Report on enteric fever
Disease focus: Fever
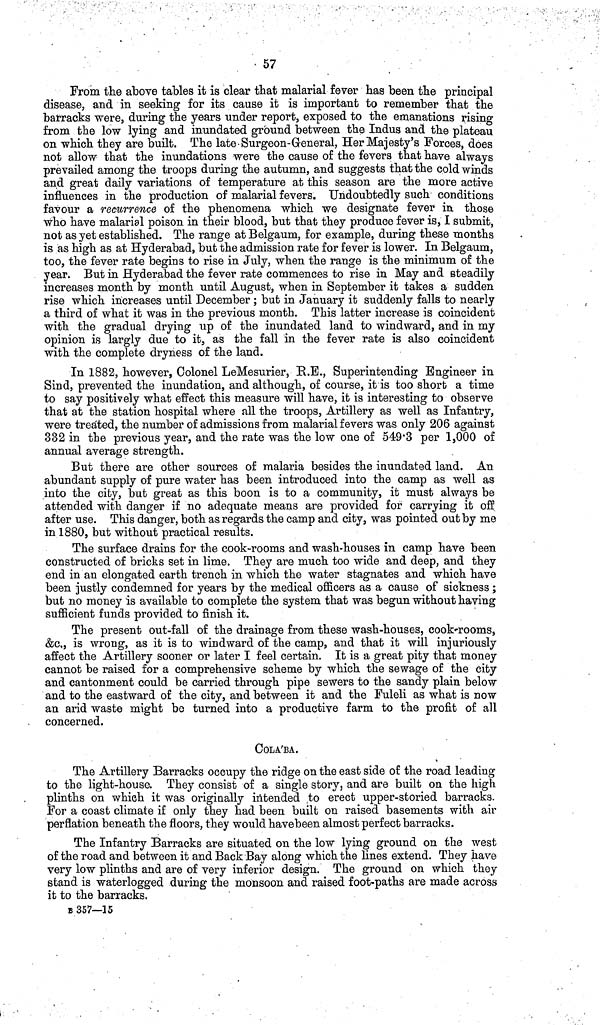
57
From the above tables it is clear that malarial fever has been the principal
disease, and in seeking for its cause it is important to remember that the
barracks were, during the years under report, exposed to the emanations rising
from the low lying and inundated ground between the Indus and the plateau
on which they are built. The late Surgeon General, Her Majesty's Forces, does
not allow that the inundations were the cause of the fevers that have always
prevailed among the troops during the autumn, and suggests that the cold winds
and great daily variations of temperature at this season are the more active
influences in the production of malarial fevers. Undoubtedly such conditions
favour a recurrence of the phenomena which we designate fever in those
who have malarial poison in their blood, but that they produce fever is, I submit,
not as yet established. The range at Belgaum, for example, during these months
is as high as at Hyderabad, but the admission rate for fever is lower. In Belgaum,
too, the fever rate begins to rise in July, when the range is the minimum of the
year. But in Hyderabad the fever rate commences to rise in May and steadily
increases month by month until August, when in September it takes a sudden
rise which increases until December; but in January it suddenly falls to nearly
a third of what it was in the previous month. This latter increase is coincident
with the gradual drying up of the inundated land to windward, and in my
opinion is largly due to it, as the fall in the fever rate is also coincident
with the complete dryness of the land.
In 1882, however, Colonel LeMesurier, R.E., Superintending Engineer in
Sind, prevented the inundation, and although, of course, it is too short a time
to say positively what effect this measure will have, it is interesting to observe
that at the station hospital where all the troops, Artillery as well as Infantry,
were treated, the number of admissions from malarial fevers was only 206 against
332 in the previous year, and the rate was the low one of 549 3 per 1,000 of
annual average strength.
But there are other sources of malaria besides the inundated land. An
abundant supply of pure water has been introduced into the camp as well as
into the city, but great as this boon is to a community, it must always be
attended with danger if no adequate means are provided for carrying it off
after use. This danger, both as regards the camp and city, was pointed out by me
in 1880, but without practical results.
The surface drains for the cook rooms and wash houses in camp have been
constructed of bricks set in lime. They are much too wide and deep, and they
end in an elongated earth trench in which the water stagnates and which have
been justly condemned for years by the medical officers as a cause of sickness;
but no money is available to complete the system that was begun without having
sufficient funds provided to finish it.
The present out fall of the drainage from these wash houses, cook rooms,
&c., is wrong, as it is to windward of the camp, and that it will injuriously
affect the Artillery sooner or later I feel certain. It is a great pity that money
cannot be raised for a comprehensive scheme by which the sewage of the city
and cantonment could be carried through pipe sewers to the sandy plain below
and to the eastward of the city, and between it and the Fuleli as what is now
an arid waste might bo turned into a productive farm to the profit of all
concerned.
COLA'BA.
The Artillery Barracks occupy the ridge on the east side of the road leading
to the light house. They consist of a single story, and are built on the high
plinths on which it was originally intended to erect upper storied barracks.
For a coast climate if only they had been built on raised basements with air
perflation beneath the floors, they would have been almost perfect barracks.
The Infantry Barracks are situated on the low lying ground on the west
of the road and between it and Back Bay along which the lines extend. They have
very low plinths and are of very inferior design. The ground on which they
stand is waterlogged during the monsoon and raised foot paths are made across
it to the barracks,
B 357—15